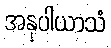
အနုပါယာသံ